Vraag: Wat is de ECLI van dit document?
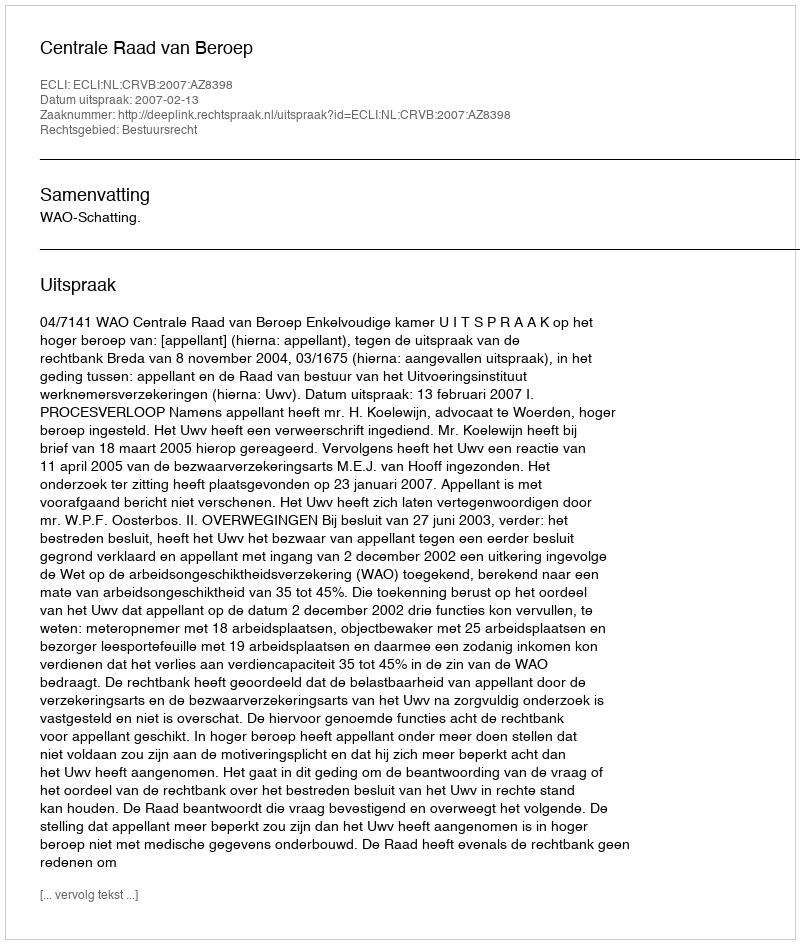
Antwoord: ECLI:NL:CRVB:2007:AZ8398